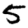
Digit: 5